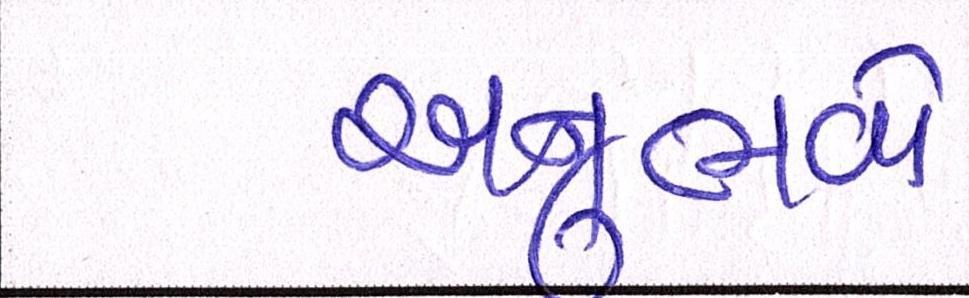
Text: અનુભવો